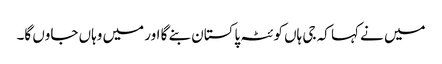
میں نے کہا کہ جی ہاں کوئٹہ پاکستان بنے گا اور میں وہاں جاوں گا۔